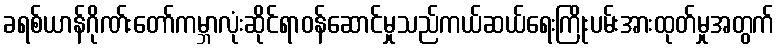
ခရစ်ယာန်ဂိုဏ်းတော်ကမ္ဘာလုံးဆိုင်ရာဝန်ဆောင်မှုသည်ကယ်ဆယ်ရေးကြိုးပမ်းအားထုတ်မှုအတွက်